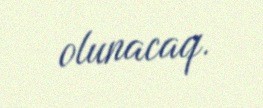
olunacaq.